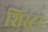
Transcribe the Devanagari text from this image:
शिस्टर